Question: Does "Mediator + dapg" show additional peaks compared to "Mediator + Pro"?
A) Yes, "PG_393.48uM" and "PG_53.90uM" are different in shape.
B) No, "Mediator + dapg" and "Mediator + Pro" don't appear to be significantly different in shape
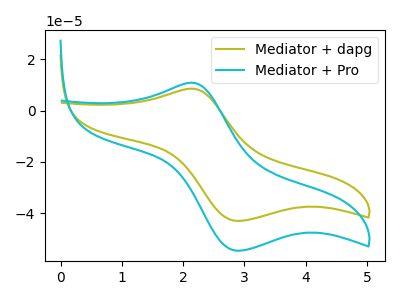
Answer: <think>The olive curve "Mediator + dapg" has an anodic peak at (2.15V, 8.55uA) and a cathodic peak at (2.90V, -43.00uA). The cyan curve "Mediator + Pro" has an anodic peak at (2.15V, 10.90uA) and a cathodic peak at (2.90V, -54.65uA).
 All the peaks in "Mediator + dapg" have a peak in "Mediator + Pro" at the same potential. Every peak in "Mediator + dapg" is lower than every peak in "Mediator + Pro".</think>
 <answer>B) No, "Mediator + dapg" and "Mediator + Pro" don't appear to be significantly different in shape</answer>
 <eval>B</eval>